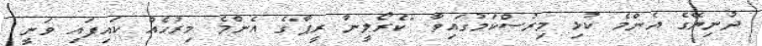
ދުނިޔޭގެ އެންމެ ކުޅި މިރުސްކަމުގައިވާ "ކެރޯލީނާ ރީޕާ"ގެ އެންމެ މިރުހެއް ކައިފައި ވަނީ